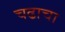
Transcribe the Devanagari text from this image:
चढाचा